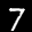
Label: 7